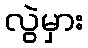
လွဲမှား